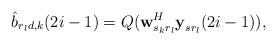
LaTeX: \begin{align*}\hat{b}_{r_ld,k}(2i-1)=Q(\textbf{w}_{s_kr_l}^{H}\textbf{y}_{sr_l}(2i-1)),\end{align*}